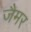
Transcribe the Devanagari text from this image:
जैमर